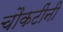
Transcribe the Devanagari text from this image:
चौकटींनी